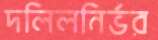
দলিলনির্ভর